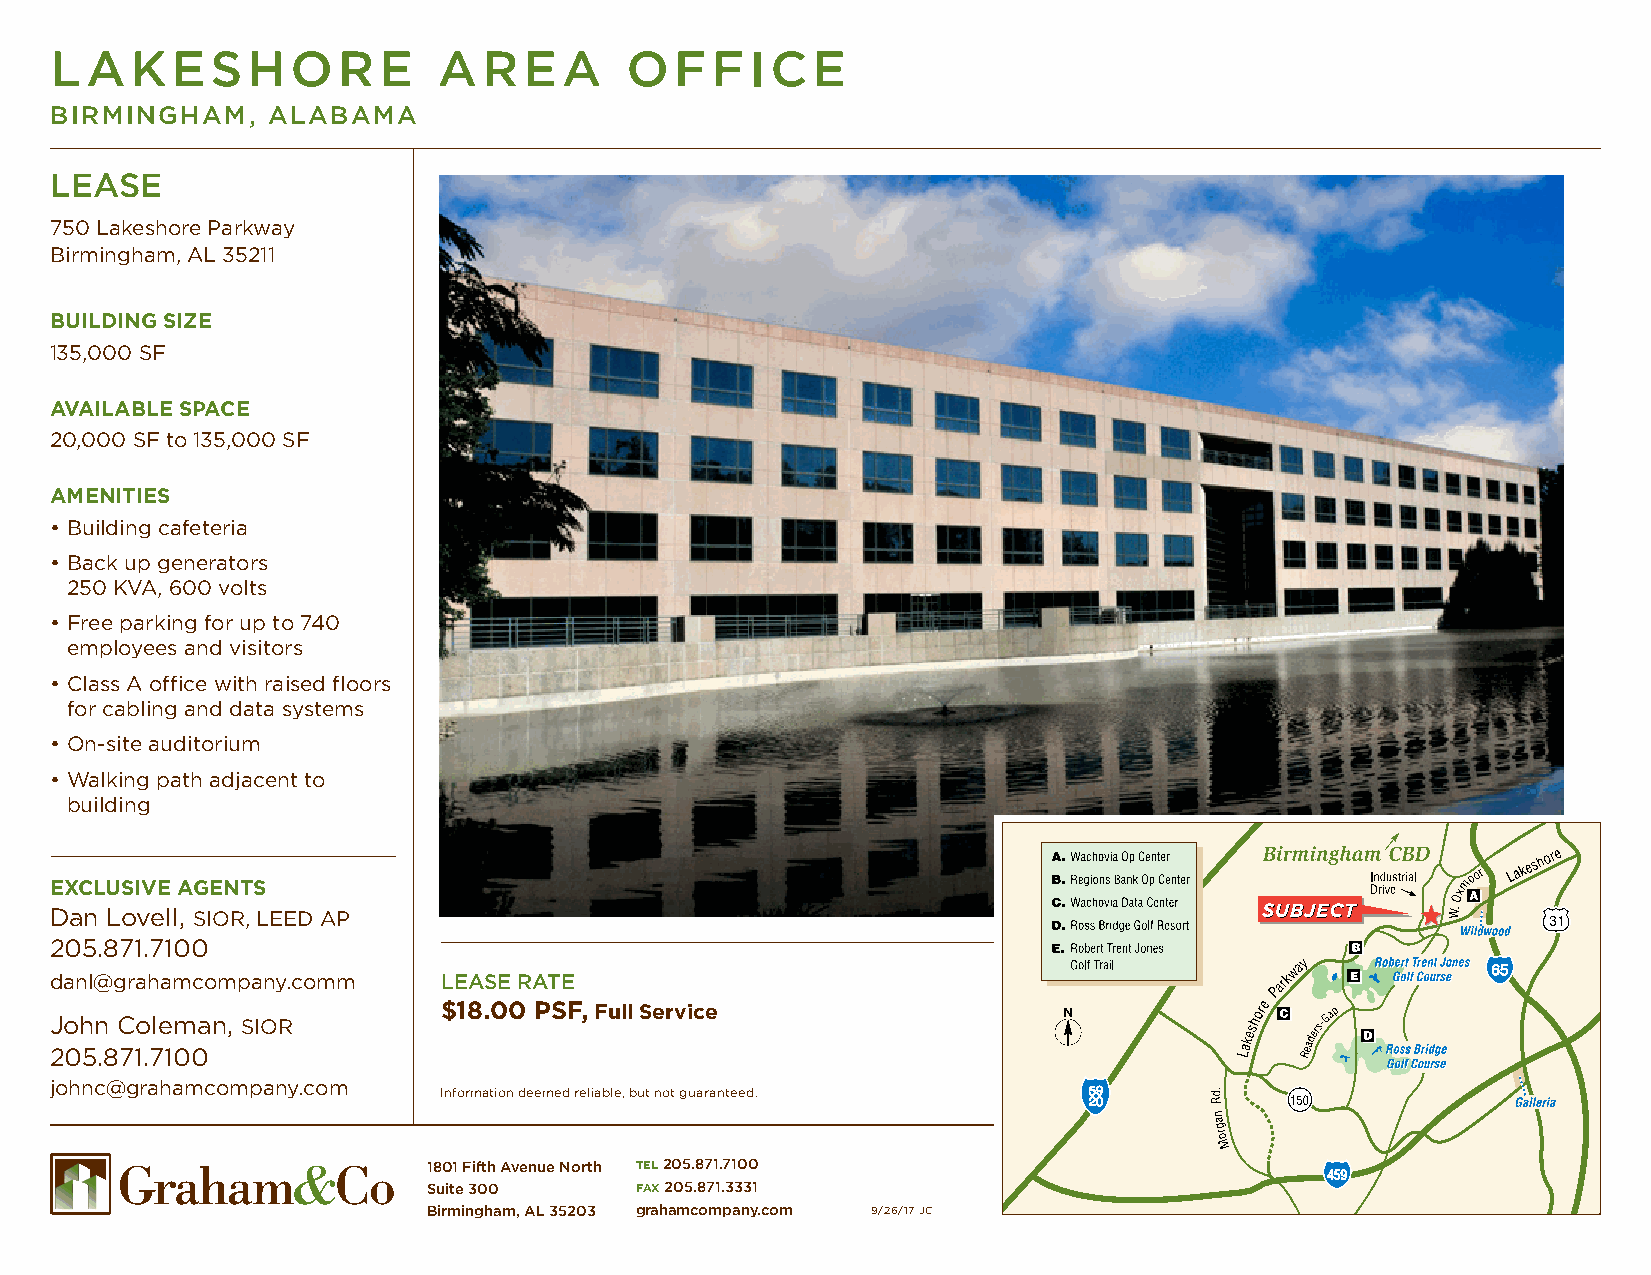
LAKESHORE                 AREA        OFFICE
 BIRMINGHAM,    ALABAMA
 LEASE
 750 Lakeshore Parkway
 Birmingham, AL 35211
 BUILDING SIZE
 135,000 SF
 AVAILABLE SPACE
 20,000 SF to 135,000 SF
 AMENITIES
 • Building cafeteria
 • Back up generators
 250 KVA, 600 volts
 • Free parking for up to 740
 employees and visitors
 • Class A office with raised floors
 for cabling and data systems
 • On-site auditorium
 • Walking path adjacent to
 building
 EXCLUSIVE AGENTS
 Dan Lovell, SIOR, LEED AP
 205.871.7100
 danl@grahamcompany.comm   LEASE RATE
 $18.00 PSF, Full Service
 John Coleman, SIOR
 205.871.7100
 johnc@grahamcompany.com
 Information deemed reliable, but not guaranteed.
 1801 Fifth Avenue North tel 205.871.7100
 Suite 300     fax 205.871.3331
 Birmingham, AL 35203 grahamcompany.com 9/26/17 JC